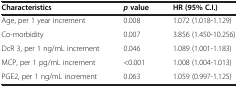
<table><thead><tr><td><b>Characteristics</b></td><td><b><i>p </i>value</b></td><td><b>HR (95% C.I.)</b></td></tr></thead><tbody><tr><td>Age, per 1 year increment</td><td>0.008</td><td>1.072 (1.018-1.129)</td></tr><tr><td>Co-morbidity</td><td>0.007</td><td>3.856 (1.450-10.256)</td></tr><tr><td>DcR 3, per 1 ng/mL increment</td><td>0.046</td><td>1.089 (1.001-1.183)</td></tr><tr><td>MCP, per 1 pg/mL increment</td><td>&lt;0.001</td><td>1.008 (1.004-1.013)</td></tr><tr><td>PGE2, per 1 ng/mL increment</td><td>0.063</td><td>1.059 (0.997-1.125)</td></tr></tbody></table>